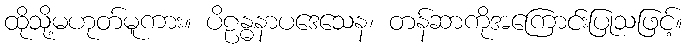
ထိုသို့မဟုတ်မူကား။ ပိဠန္ဓနာပဒေသေန၊ တန်ဆာကိုအကြောင်းပြုသဖြင့်။